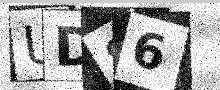
Text: UD86